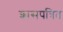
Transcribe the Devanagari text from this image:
शासपत्रित